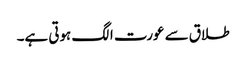
طلاق سے عورت الگ ہوتی ہے۔